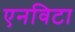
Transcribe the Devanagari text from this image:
एनविटा